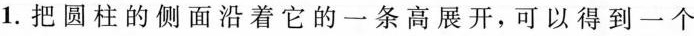
1.把圆柱的侧面沿着它的一条高展开，可以得到一个